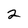
Character: 2